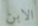
الابن